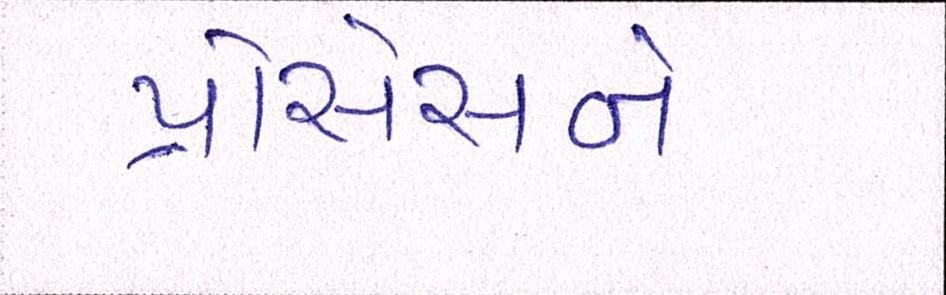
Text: પ્રોસેસને